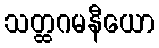
သတ္ထဂမနီယော